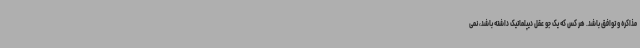
مذاکره و توافق باشد. هر کس که یک جو عقل دیپلماتیک داشته باشد، نمی